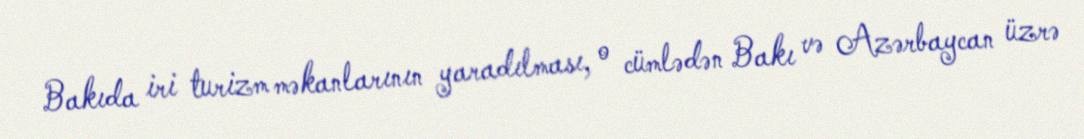
Bakıda iri turizm məkanlarının yaradılması, o cümlədən Bakı və Azərbaycan üzrə